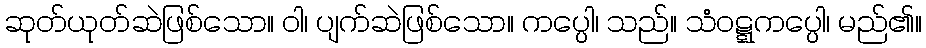
ဆုတ်ယုတ်ဆဲဖြစ်သော။ ဝါ၊ ပျက်ဆဲဖြစ်သော။ ကပ္ပေါ၊ သည်။ သံဝဋ္ဋကပ္ပေါ၊ မည်၏။